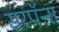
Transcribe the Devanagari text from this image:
सरपॅन्स